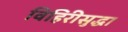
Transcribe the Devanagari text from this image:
विहिरीसुद्धा